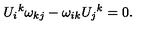
U _ { i } { } ^ { k } \omega _ { k j } - \omega _ { i k } U _ { j } { } ^ { k } = 0 .